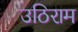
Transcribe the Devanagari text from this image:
उठिराम